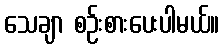
သေချာ စဉ်းစားပေးပါမယ်။